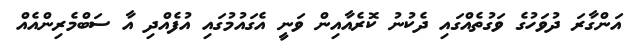
އަންގާރަ ދުވަހުގެ ވަގުތެއްގައި ދެކުނު ކޮރެއާއިން ވަނީ އެގައުމުގައި އުފެއްދި އާ ސަބްމެރިންއެއް